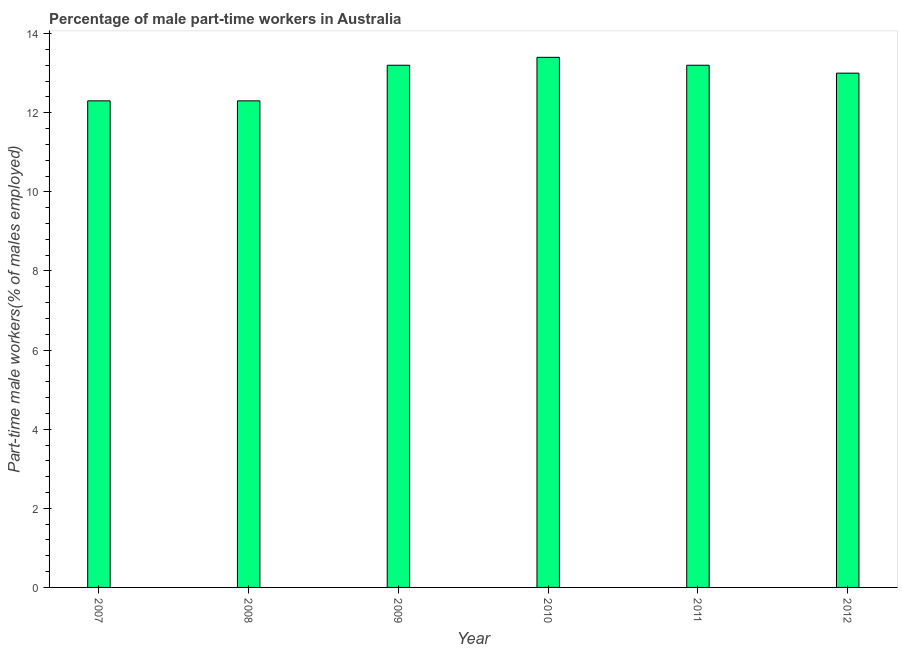
| Year | Part time employment |
 | --- | --- |
 | 2007 | 12.3 |
 | 2008 | 12.3 |
 | 2009 | 13.2 |
 | 2010 | 13.4 |
 | 2011 | 13.2 |
 | 2012 | 13 |